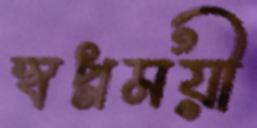
স্বপ্নময়ী